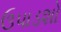
ઉપાડશો